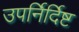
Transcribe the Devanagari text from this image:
उपर्निर्दिष्ट